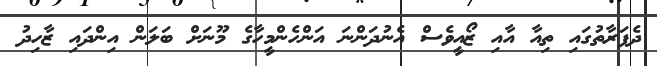
ދެފަރާތުގައި ތިއާ އާއި ޒޯއީވެސް އެނުދަންނަ އަންހެންމީހާގެ މޫނަށް ބަލަން އިންދައި ޒާހިދު